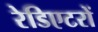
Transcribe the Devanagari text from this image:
रेडिएटरों